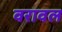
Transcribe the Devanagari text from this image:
वरावल